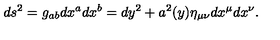
d s ^ { 2 } = g _ { a b } d x ^ { a } d x ^ { b } = d y ^ { 2 } + a ^ { 2 } ( y ) \eta _ { \mu \nu } d x ^ { \mu } d x ^ { \nu } .